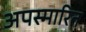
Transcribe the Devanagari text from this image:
अपस्मारित